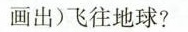
画出)飞往地球?